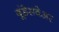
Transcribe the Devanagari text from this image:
बूंडेसवेअर